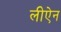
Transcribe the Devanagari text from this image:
लीऐन